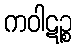
ကဝါဋဉ္စ